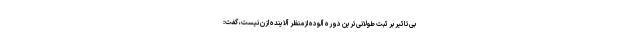
بی‌تاثیر بر ثبت طولانی‌­ترین دوره آلوده ازمنظر آلاینده ازن نیست، گفت: